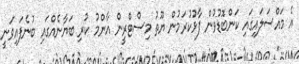
އެ މައްސަލައިގައި ކަންބޮޑުވުން ފާޅުކުރަމުން ޔޫތު މިސްޓްރީން އާންމު ކުރި ބަޔާނެއްގައި ބުނެފައިވަނީ